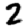
Digit: 2